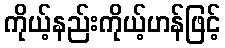
ကိုယ့်နည်းကိုယ့်ဟန်ဖြင့်